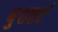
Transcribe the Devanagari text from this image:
बुशशर्ट